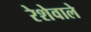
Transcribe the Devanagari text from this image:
रेशेवाले